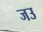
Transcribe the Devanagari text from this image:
जउ